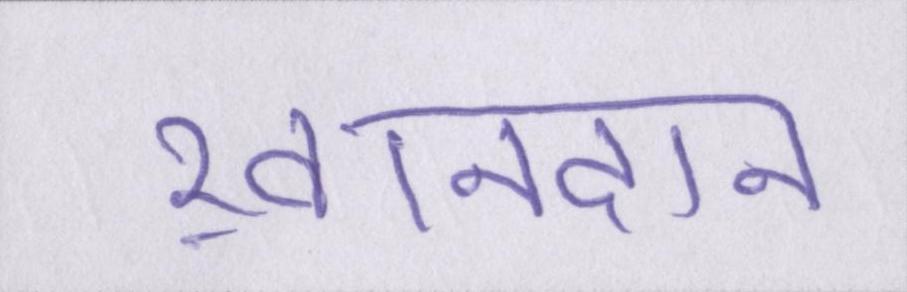
ख़ानदान